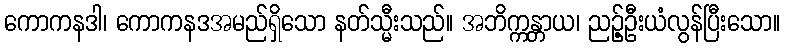
ကောကနဒါ၊ ကောကနဒအမည်ရှိသော နတ်သ္မီးသည်။ အဘိက္ကန္တာယ၊ ညဉ့်ဦးယံလွန်ပြီးသော။